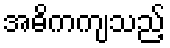
အဓိကကျသည့်